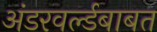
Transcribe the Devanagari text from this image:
अंडरवर्ल्डबाबत